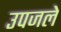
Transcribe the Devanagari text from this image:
उपजले